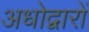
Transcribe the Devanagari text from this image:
अधोद्वारों